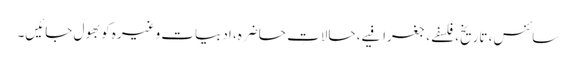
سائنس، تاریخ، فلسفے، جغرافیے، حالاتِ حاضرہ، ادبیات وغیرہ کو بھول جائیں۔